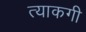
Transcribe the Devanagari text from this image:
त्याकगी